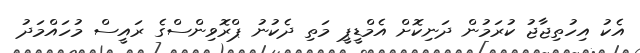
އެކު އިހުތިޖާޖު ކުރަމުން ދަނިކޮށް އެމްޑީޕީ މަތި ދެކުނު ޕްރޮވިންސްގެ ރައީސް މުހައްމަދު